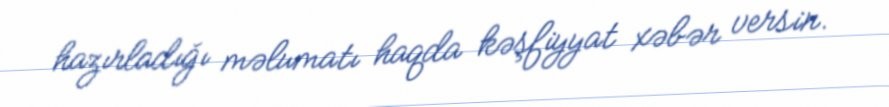
hazırladığı məlumatı haqda kəşfiyyat xəbər versin.